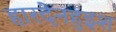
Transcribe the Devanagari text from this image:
हारदेनहुइश